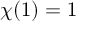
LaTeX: \chi ( 1 ) = 1